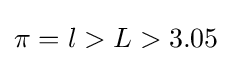
\pi =l>L>3.05